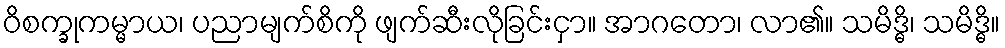
ဝိစက္ခုကမ္မာယ၊ ပညာမျက်စိကို ဖျက်ဆီးလိုခြင်းငှာ။ အာဂတော၊ လာ၏။ သမိဒ္ဓိ၊ သမိဒ္ဓိ။